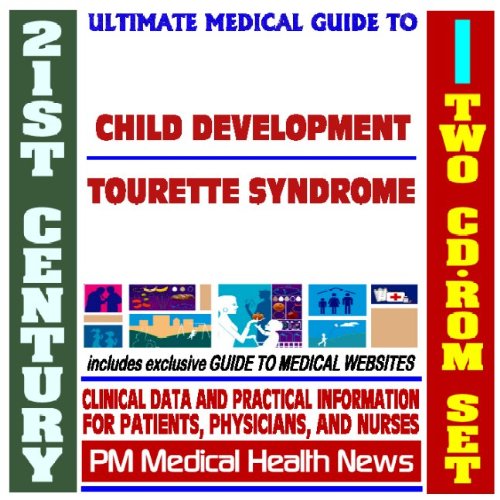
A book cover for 21st Century Ultimate Medical Guide to Child Development and Tourette Syndrome - Authoritative Clinical Information for Physicians and Patients (Two CD-ROM Set); PM Medical Health News; Health, Fitness & Dieting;